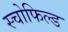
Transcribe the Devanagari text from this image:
स्चोफिल्ड